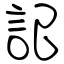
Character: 記